Civil Veterinary Department. Central Provinces & Berar 1925-31 - 1925-1931
Year: 1925
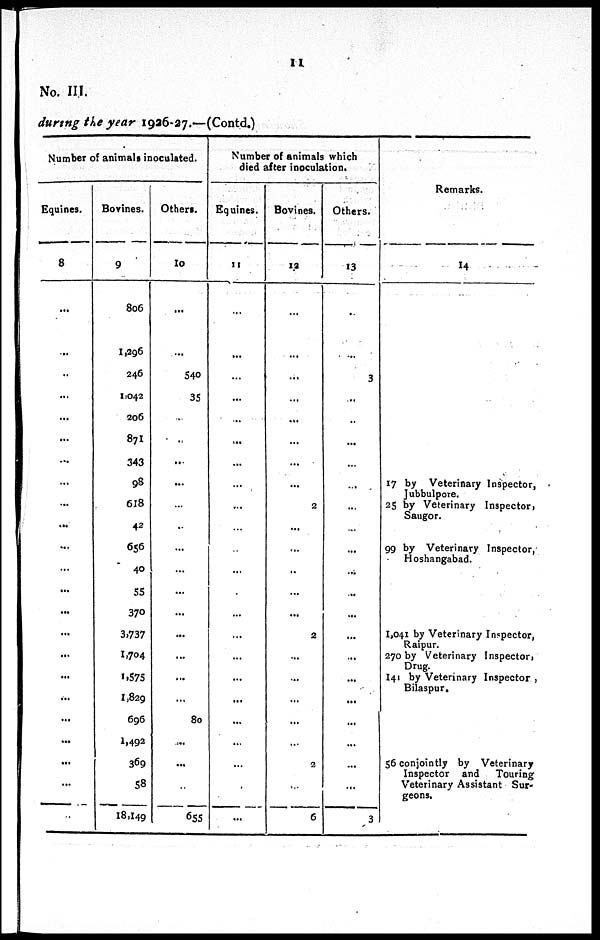
11
No. III.
during the year 1926-27.—(Contd.)
Number of animals inoculated.
Equines.
8
...
...
..
...
...
...
...
...
...
...
...
...
...
...
...
...
...
...
...
...
...
...
...
Bovines.
9
806
1,296
246
1,042
206
871
343
98
618
42
656
40
55
370
3,737
1,704
1,575
1,829
696
1,492
369
58
18,149
Others.
10
...
...
540
35
...
...
...
...
...
..
...
...
...
...
...
...
...
...
80
....
...
...
655
Number of animals which
died after inoculation.
Equines.
11
...
...
...
...
...
...
...
...
...
...
...
...
...
...
...
...
...
...
...
...
...
...
...
Bovines.
12
...
...
...
...
...
...
...
...
2
...
...
...
...
...
2
...
...
...
...
...
2
...
6
Others.
13
...
...
3
...
...
...
...
...
...
...
..
...
...
...
...
...
...
...
...
...
...
...
3
Remarks.
14
17 by Veterinary Inspector,
Jubbulpore.
25 by Veterinary Inspector,
Saugor.
99 by Veterinary Inspector,
Hoshangabad.
1,041 by Veterinary Inspector,
Raipur.
270 by Veterinary Inspector,
Drug.
141 by Veterinary Inspector ,
Bilaspur,
56 conjointly by Veterinary
Inspector and
Touring
Veterinary Assistant Sur-
geons.